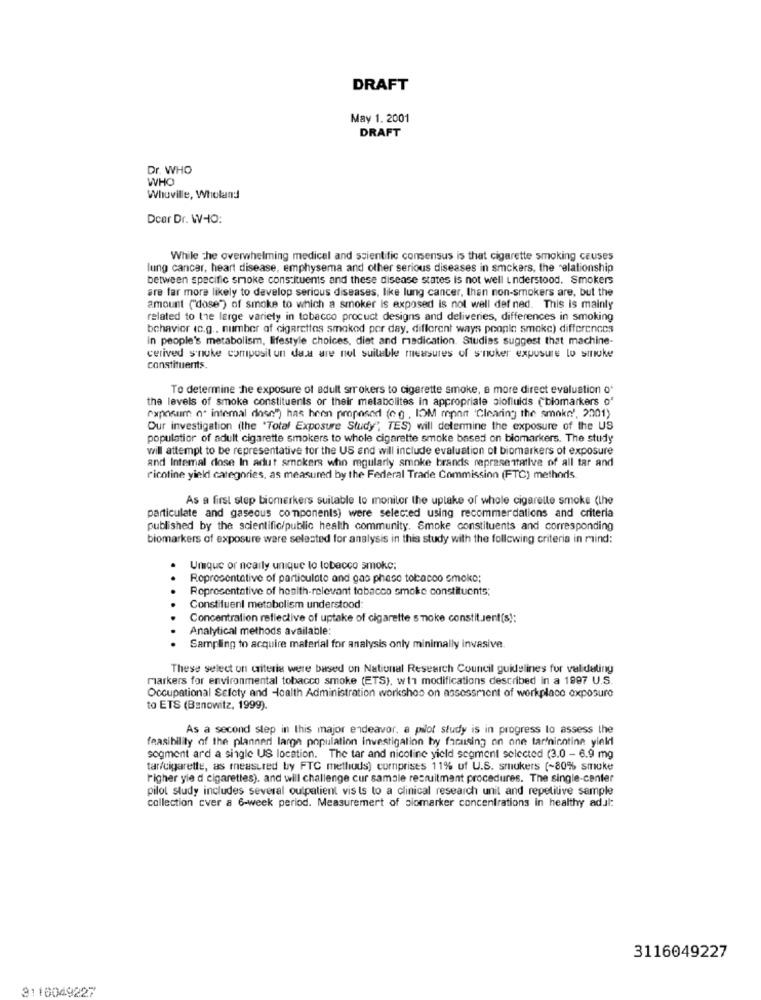
DRAFT
May 1. 2001
DRAFT
Dr. WHO
WHO
Whoville, Wholand
Dear Dr. WHO:
While the overwhelming medical and scientific consensus is that cigarette smoking causes
lung cancer, heart disease, emphysema and other serious diseases in smckers, the relationship
between specific smoke constituents and these disease states is not well understood. Smokers
are far more likely to develop serious diseases, like lung cancer, then non-smokers are, but the
amount ("dose") of smoke to which a smoker is exposed is not well def ned. This is mainly
related to the large variety in tobacco procuct designs and deliveries, differences in smoking
behavior (c.g ., number of cigarettes smoked per day, different ways people smoke) differences
in people's metabolism, lifestyle choices, diet and medication. Studies suggest that machine-
cerived s'nuke composit un daar are not suitable measures of s'nuker exposure lo struke
constituents.
To determine he exposure of adult srrokers to cigarette smoke, a more direct evaluation of
the levels of smoke constituents or their metabolites in appropriate alofluids ("biomarkers o'
raposum o' intemal dose") has been proposed (eg . IOM mport 'Clearing the smoke', 2001)
Our investigation (the "Total Exposure Study", TES) will determine the exposure of the US
populatior of adult cigarette smokers to whole cigarette smoke based on biomarkers. The study
will attempt to be representative for the US and will include evaluation of biomarkers of exposure
and Intemal dose In adut smokers who regularly smoke brands representative of all tar and
ricotine yield categories, as measured by the Federal Trade Commission (FTC) methods
As a first step biomerkers suitable to monitor the uplake of whole cigarette smoke (the
particulate and gaseous components) were selected using recommendations and criteria
published by the scientific/public health community. Smoke constituents and corresponding
biomarkers of exposure ware selected for analysis in this study with the following criteria in mind:
Unque or nearly unique lo tobacco smoke:
Roprocentative of particulate and gas phase tobacco smoke;
Representative of health-relevant tobacco smoke constituents;
Constituent metabolism understood:
Concentration reflective of uptake of cigarette smoke constituent(s):
Analytical methods available:
Sampling to acquire material for analysis only minimally invasive.
These select on criteria were based on National Research Council guidelines for validating
markers for environmental tobacco smoke (ETS), w11 modifications described in a 1997 U.S.
Occupational Sefety and Health Administration workshos on assessment of workplace exposure
to ETS (Bsnowitz, 1999).
As a second step in this major endeavor, a pilot study is in progress lo assess the
feasibility of the plannedi large population investigation by focusing on one tarmnicotine yield
segment ard a single US location. The tar and nicoline yield segment selected (3.0 - 6.9 mg
tar/cigarette, as measured by FTC methods) comprises 11% of U.S. smukers (~80% smake
Figher yie d cigarettes). and will challenge cur samale recruitment procedures. The single-center
pilot study includes several outpatient vis ts to a clinical research unit and repetitive sample
collection cver a 6-week period. Measuremert of siomarker concentrations in healthy adul:
3116049227
3110049227